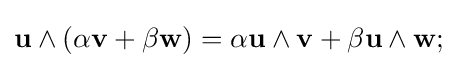
\mathbf {u} \wedge (\alpha \mathbf {v} +\beta \mathbf {w} )=\alpha \mathbf {u} \wedge \mathbf {v} +\beta \mathbf {u} \wedge \mathbf {w} ;